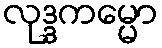
လုဒ္ဒကမ္မော